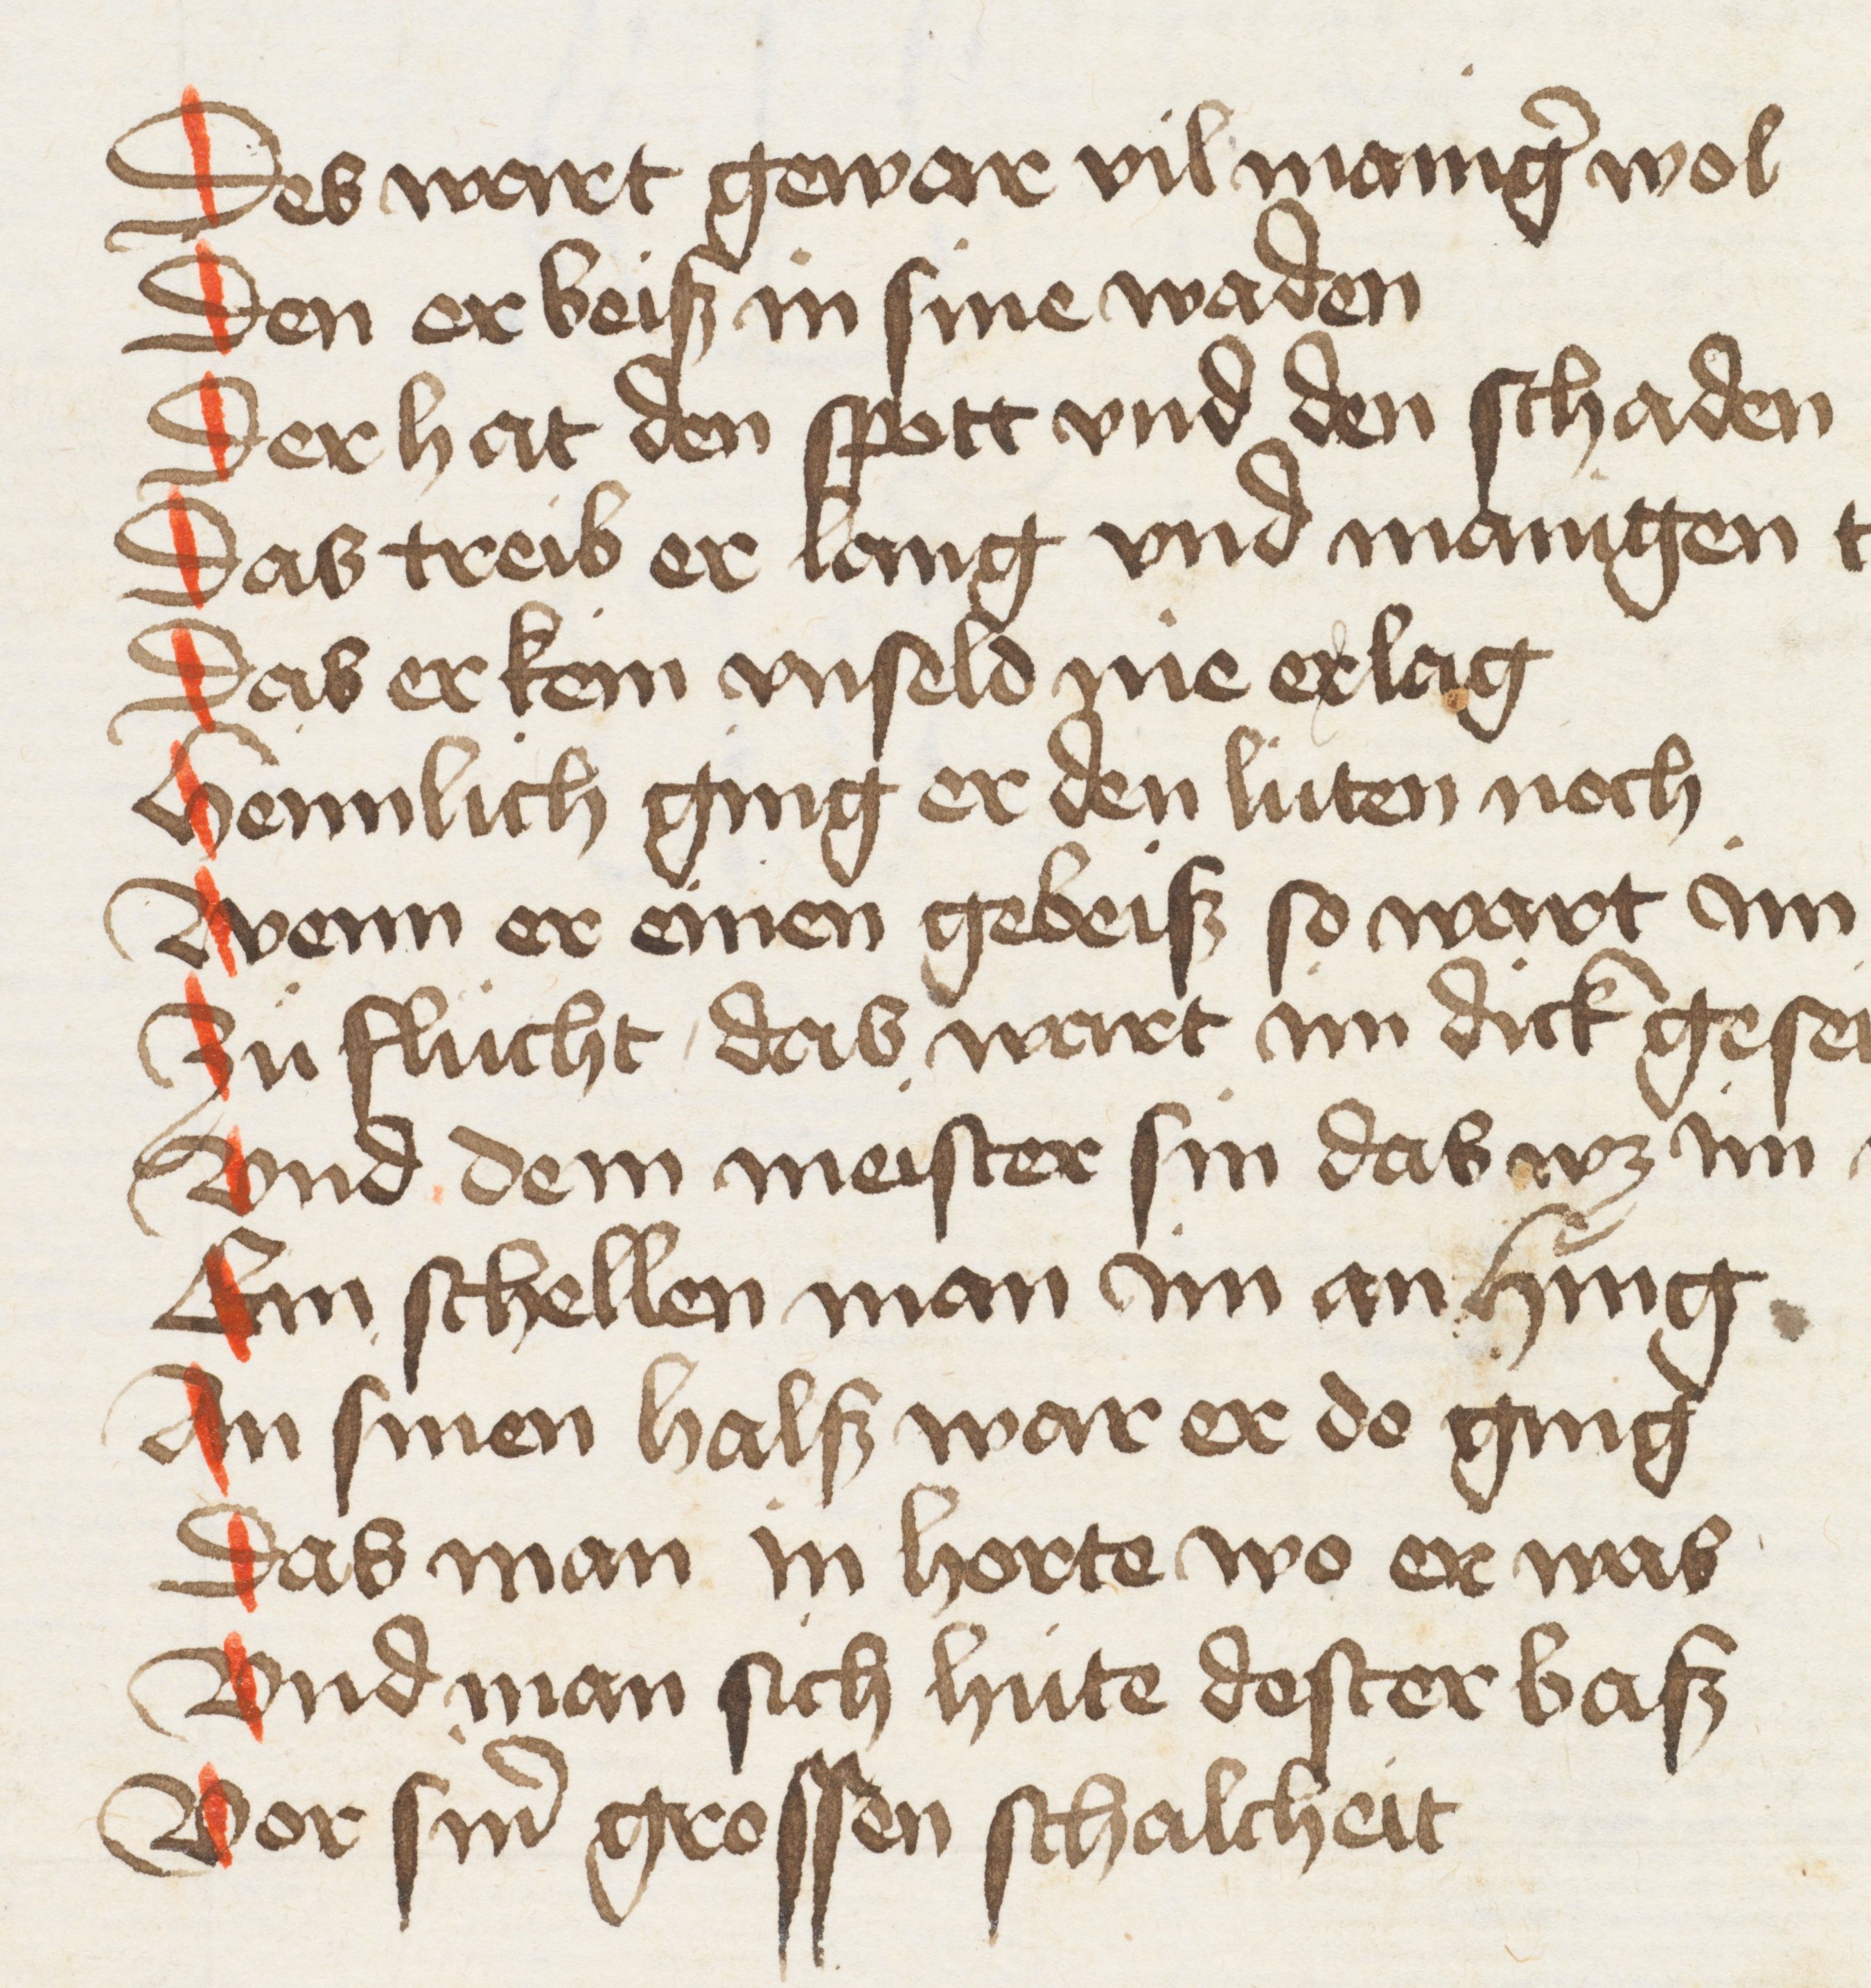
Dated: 1440–1475